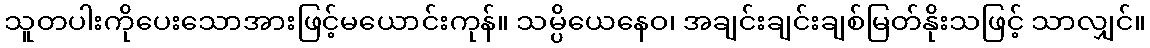
သူတပါးကိုပေးသောအားဖြင့်မယောင်းကုန်။ သမ္ပိယေနေဝ၊ အချင်းချင်းချစ်မြတ်နိုးသဖြင့် သာလျှင်။